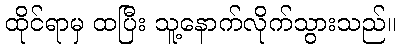
ထိုင်ရာမှ ထပြီး သူ့နောက်လိုက်သွားသည်။